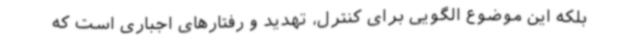
بلکه این موضوع الگویی برای کنترل، تهدید و رفتارهای اجباری است که